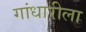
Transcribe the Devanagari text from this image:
गांधारीला